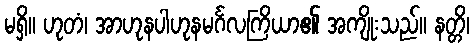
မရှိ။ ဟုတံ၊ အာဟုနပါဟုနမင်္ဂလကြိယာ၏ အကျိုးသည်။ နတ္တိ၊